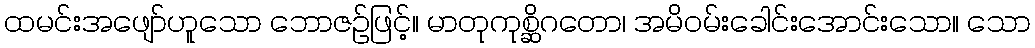
ထမင်းအဖျော်ဟူသော ဘောဇဉ်ဖြင့်။ မာတုကုစ္ဆိဂတော၊ အမိဝမ်းခေါင်းအောင်းသော။ သော